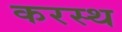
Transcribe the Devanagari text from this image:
करस्थ